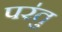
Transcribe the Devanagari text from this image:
पर॑तु